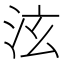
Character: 泫